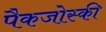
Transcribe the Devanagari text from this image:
पैकजोस्की